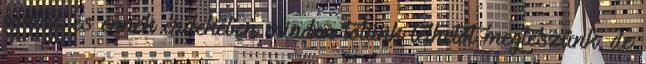
pontra és ennek érdekében minden tőlünk telhetőt megteszünk, de